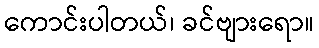
ကောင်းပါတယ်၊ ခင်ဗျားရော။